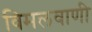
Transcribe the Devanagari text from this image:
विमलवाणी